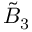
{ \tilde { B } } _ { 3 }